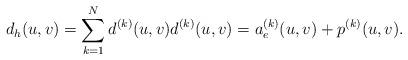
LaTeX: \begin{align*} d_h(u,v) = \sum_{k =1}^N d^{(k)}(u,v) d^{(k)}(u,v)= a_e^{(k)}(u,v) + p^{(k)}(u,v).\end{align*}